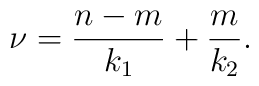
\mathrm{\nu }=\frac{n-m}{k_{1}}+\frac{m}{k_{2}}.